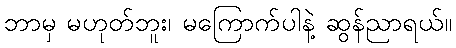
ဘာမှ မဟုတ်ဘူး၊ မကြောက်ပါနဲ့ ဆွန်ညာရယ်။